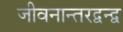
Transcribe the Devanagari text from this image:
जीवनान्तरद्वन्द्व